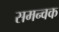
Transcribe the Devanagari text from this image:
समन्वक